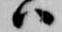
ハ